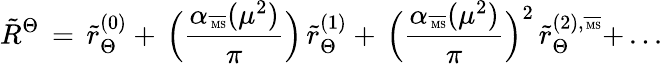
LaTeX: \tilde{R}^{\Theta}\, =\, \tilde{r}_{\Theta}^{(0)}+\, \Big(\frac{\alpha_{\overline{{{\mathrm{\tiny~MS}}}}}(\mu^{2})}{\pi}\Big)\, \tilde{r}_{\Theta}^{(1)}+\, \Big(\frac{\alpha_{\overline{{{\mathrm{\tiny~MS}}}}}(\mu^{2})}{\pi}\Big)^{2}\, \tilde{r}_{\Theta}^{(2),\overline{{{\mathrm{\tiny~MS}}}}}+\, ...